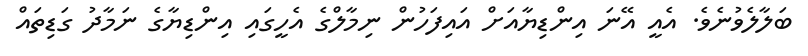
ބަލާލެވުނެވެ. އެއީ އޭނަ އިންޑިޔާއަށް އައިފަހުން ނިމާލްގެ އެހީގައި އިންޑިޔާގެ ނަމާދު ގަޑިތައް